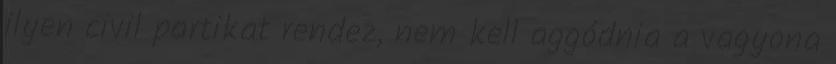
ilyen civil partikat rendez, nem kell aggódnia a vagyona